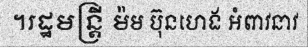
។រដ្ឋមន្ត្រី ម៉ម ប៊ុនហេង អំពាវនាវ